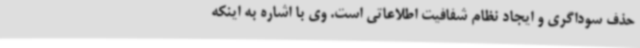
حذف سوداگری و ایجاد نظام شفافیت اطلاعاتی است. وی با اشاره به اینکه